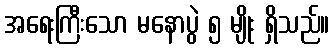
အရေးကြီးသော မနောပွဲ ၅ မျိုး ရှိသည်။